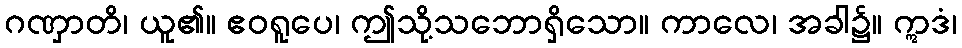
ဂဏှာတိ၊ ယူ၏။ ဧဝရူပေ၊ ဤသို့သဘောရှိသော။ ကာလေ၊ အခါ၌။ ဣဒံ၊